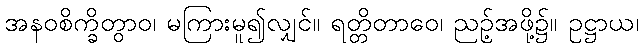
အနဝစိက္ခိတွာဝ၊ မကြားမူ၍လျှင်။ ရတ္တိတာဝေ၊ ညဉ့်အဖို့၌။ ဥဋ္ဌာယ၊